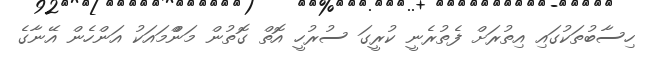
ހިސާބުތަކުގައި އިތުރަށް ފެތުރެނީ ކުރީގަ ސުރުހީ އޮތް ގޮތުން މަންްމައަކު އަންހެން އޭނާގެ